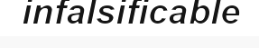
infalsificable